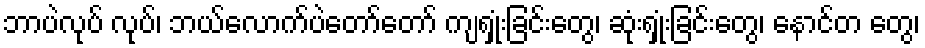
ဘာပဲလုပ် လုပ်၊ ဘယ်လောက်ပဲတော်တော် ကျရှုံးခြင်းတွေ၊ ဆုံးရှုံးခြင်းတွေ၊ နောင်တ တွေ၊